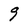
Character: 9